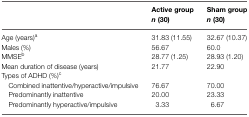
<table><thead><tr><td></td><td><b>Active group</b></td><td><b>Sham group</b></td></tr><tr><td></td><td><b><i>n</i> (30)</b></td><td><b><i>n</i> (30)</b></td></tr></thead><tbody><tr><td>Age (years)<sup>a</sup></td><td>31.83 (11.55)</td><td>32.67 (10.37)</td></tr><tr><td>Males (%)</td><td>56.67</td><td>60.0</td></tr><tr><td>MMSE<sup>b</sup></td><td>28.77 (1.25)</td><td>28.93 (1.20)</td></tr><tr><td>Mean duration of disease (years)</td><td>21.77</td><td>22.90</td></tr><tr><td>Types of ADHD (%)<sup>c</sup></td></tr><tr><td> Combined inattentive/hyperactive/impulsive</td><td>76.67</td><td>70.00</td></tr><tr><td> Predominantly inattentive</td><td>20.00</td><td>23.33</td></tr><tr><td> Predominantly hyperactive/impulsive</td><td>3.33</td><td>6.67</td></tr></tbody></table>